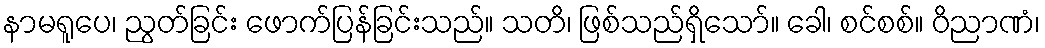
နာမရူပေ၊ ညွတ်ခြင်း ဖောက်ပြန်ခြင်းသည်။ သတိ၊ ဖြစ်သည်ရှိသော်။ ခေါ၊ စင်စစ်။ ဝိညာဏံ၊